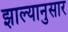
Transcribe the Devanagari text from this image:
झाल्यानुसार